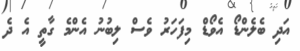
އަދި ބެލެންޑޯ އެވޯޑް މިފަހަރު ވެސް ލިބުނު އެންމެ ގާތީ އެ ދެ